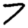
Digit: 7